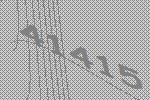
41415